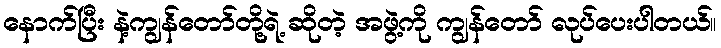
နောက်ပြီး နဲ့ကျွန်တော်တို့ရဲ့ ဆိုတဲ့ အဖွဲ့ကို ကျွန်တော် လုပ်ပေးပါတယ်။